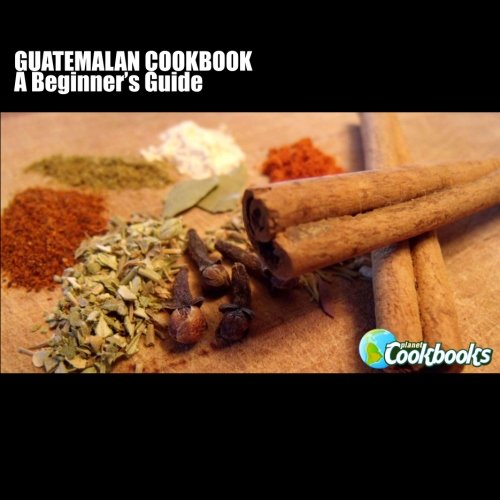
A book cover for Guatemalan Cookbook; Rachel Pambrun; Cookbooks, Food & Wine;